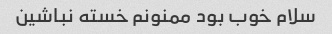
سلام خوب بود ممنونم خسته نباشین